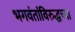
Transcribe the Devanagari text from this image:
भगवंतांविरुद्धच्या